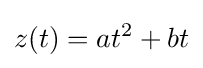
z(t)=at^{2}+bt